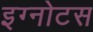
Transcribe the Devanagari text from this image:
इग्नोटस